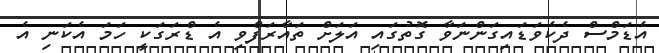
އެޑަމްސް ދެކެވަޑައިގަންނަވާ ގޮތުގައި އަލަށް ތައާރަފްވި އެ ޑްރަގަކީ ހަމަ އެކަނި އެ